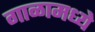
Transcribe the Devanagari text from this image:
गाळामध्ये